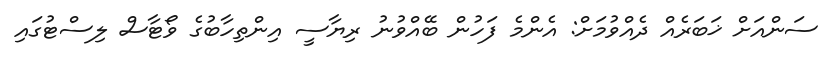
ސަންއަށް ޚަބަރެއް ދެއްވުމަށް: އެންމެ ފަހުން ބޭއްވުނު ރިޔާސީ އިންތިހާބުގެ ވޯޓާސް ލިސްޓުގައި